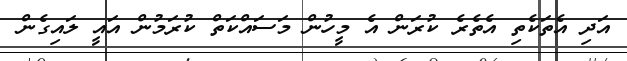
އަދި އެތަކެތި އެތެރެ ކުރަން އެ މީހުން މަސައްކަތް ކުރަމުން އައީ ލައިގެން